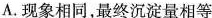
A.现象相同，最终沉淀量相等